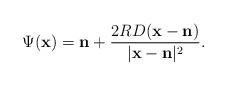
LaTeX: \begin{align*}\Psi(\mathbf x) = \mathbf n + \frac{2RD(\mathbf x - \mathbf n)}{|\mathbf x - \mathbf n|^2}.\end{align*}